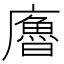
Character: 𢋡